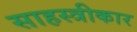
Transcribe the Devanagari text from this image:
साहस्त्रीकार